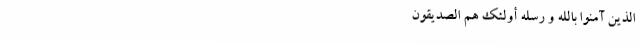
الَّذِینَ آمَنُوا بِاللَّهِ وَ رُسُلِهِ أُولئِکَ هُمُ الصِّدِّیقُونَ